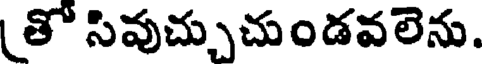
తో సివుచ్చుచుండవలెను.